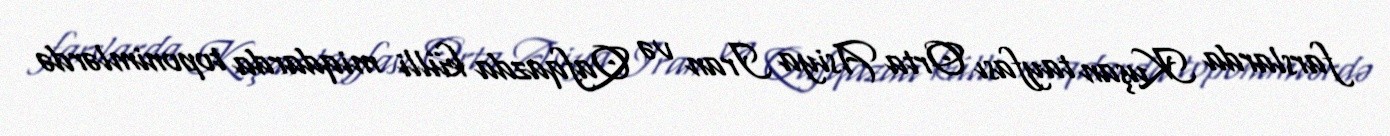
farslarda Kuşan tayfası Orta Asiya Iran və Qafqazda külli miqdarda toponimlərdə